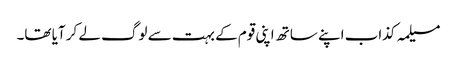
مسیلمہ کذاب اپنے ساتھ اپنی قوم کے بہت سے لوگ لے کر آیا تھا۔